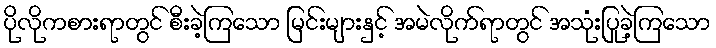
ပိုလိုကစားရာတွင် စီးခဲ့ကြသော မြင်းများနှင့် အမဲလိုက်ရာတွင် အသုံးပြုခဲ့ကြသော